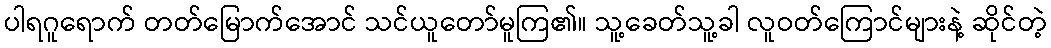
ပါရဂူရောက် တတ်မြောက်အောင် သင်ယူတော်မူကြ၏။ သူ့ခေတ်သူ့ခါ လူဝတ်ကြောင်များနဲ့ ဆိုင်တဲ့